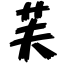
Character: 芙